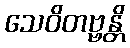
သေဝိတဗ္ဗန္တိ